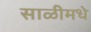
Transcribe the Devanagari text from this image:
साळीमधे